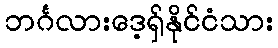
ဘင်္ဂလားဒေ့ရှ်နိုင်ငံသား